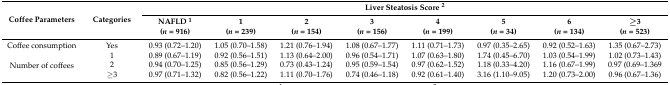
<table><thead><tr><td rowspan="3"><b>Coffee Parameters</b></td><td rowspan="3"><b>Categories</b></td><td colspan="8"><b>Liver Steatosis Score <sup>2</sup></b></td></tr><tr><td><b>NAFLD <sup>1</sup></b></td><td><b>1</b></td><td><b>2</b></td><td><b>3</b></td><td><b>4</b></td><td><b>5</b></td><td><b>6</b></td><td><b>≥3</b></td></tr><tr><td><b>(<i>n</i> = 916)</b></td><td><b>(<i>n</i> = 239)</b></td><td><b>(<i>n</i> = 154)</b></td><td><b>(<i>n</i> = 156)</b></td><td><b>(<i>n</i> = 199)</b></td><td><b>(<i>n</i> = 34)</b></td><td><b>(<i>n</i> = 134)</b></td><td><b>(<i>n</i> = 523)</b></td></tr></thead><tbody><tr><td>Coffee consumption</td><td>Yes</td><td>0.93 (0.72–1.20)</td><td>1.05 (0.70–1.58)</td><td>1.21 (0.76–1.94)</td><td>1.08 (0.67–1.77)</td><td>1.11 (0.71–1.73)</td><td>0.97 (0.35–2.65)</td><td>0.92 (0.52–1.63)</td><td>1.35 (0.67–2.73)</td></tr><tr><td rowspan="3">Number of coffees</td><td>1</td><td>0.89 (0.67–1.19)</td><td>0.92 (0.56–1.51)</td><td>1.13 (0.64–2.00)</td><td>0.96 (0.54–1.71)</td><td>1.07 (0.63–1.80)</td><td>1.74 (0.45–6.70)</td><td>1.03 (0.54–1.99)</td><td>1.02 (0.73–1.43)</td></tr><tr><td>2</td><td>0.94 (0.70–1.25)</td><td>0.85 (0.56–1.29)</td><td>0.73 (0.43–1.24)</td><td>0.95 (0.59–1.54)</td><td>0.97 (0.62–1.52)</td><td>1.18 (0.33–4.20)</td><td>1.16 (0.67–1.99)</td><td>0.97 (0.69–1.369</td></tr><tr><td>≥3</td><td>0.97 (0.71–1.32)</td><td>0.82 (0.56–1.22)</td><td>1.11 (0.70–1.76)</td><td>0.74 (0.46–1.18)</td><td>0.92 (0.61–1.40)</td><td>3.16 (1.10–9.05)</td><td>1.20 (0.73–2.00)</td><td>0.96 (0.67–1.36)</td></tr></tbody></table>